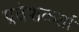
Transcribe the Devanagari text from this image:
प्रवेशकर्ता